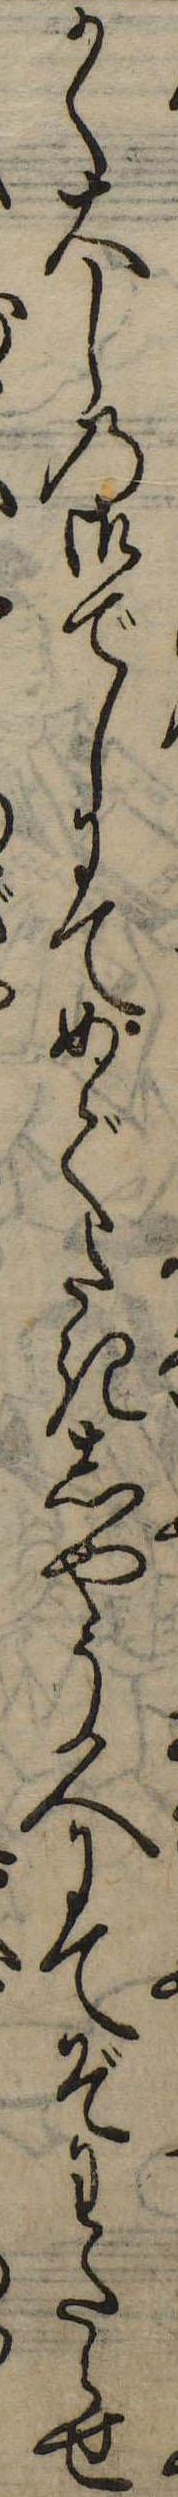
かく大しの御でしにてめでたきしやう人にてぞわたらせ